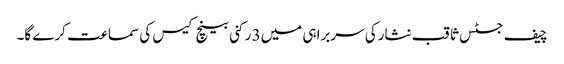
چیف جسٹس ثاقب نثارکی سربراہی میں3 رکنی بینچ کیس کی سماعت کرے گا۔